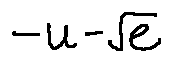
- u - \sqrt { e }